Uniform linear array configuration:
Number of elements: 32
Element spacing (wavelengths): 0.5
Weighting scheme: hann
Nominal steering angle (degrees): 15
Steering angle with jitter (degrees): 13.677
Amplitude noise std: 0.05
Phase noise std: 0.05

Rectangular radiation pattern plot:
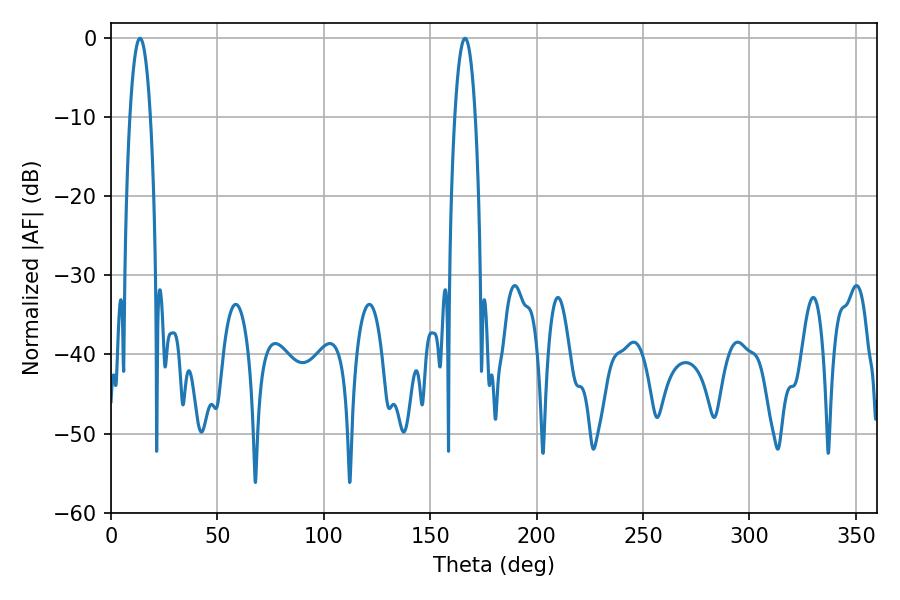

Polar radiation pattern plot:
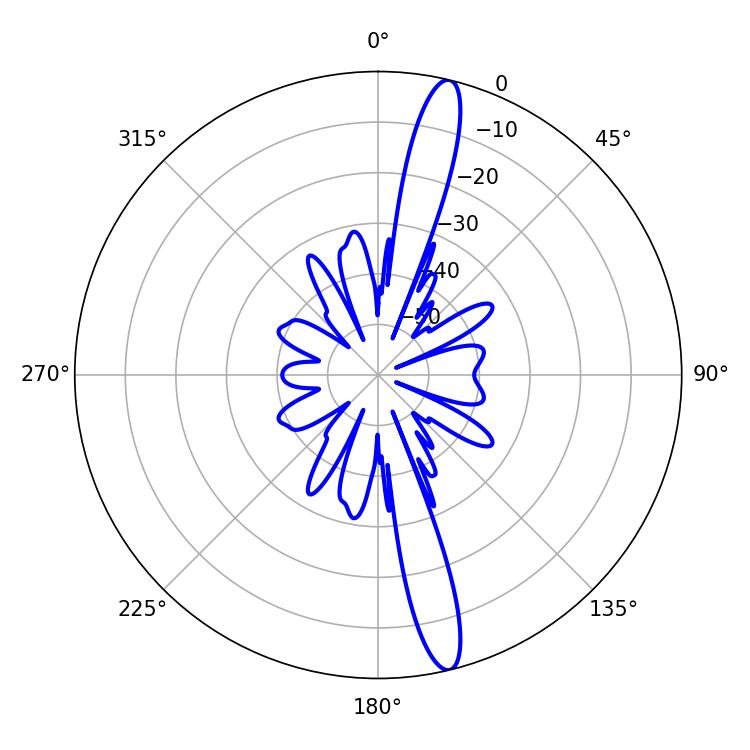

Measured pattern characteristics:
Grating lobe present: FALSE
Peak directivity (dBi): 16.25
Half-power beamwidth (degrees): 5.4
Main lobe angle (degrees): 13.68